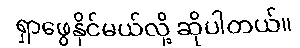
ရှာဖွေနိုင်မယ်လို့ ဆိုပါတယ်။